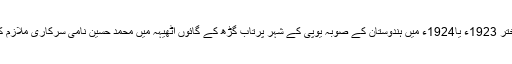
مولاناشاہ حکیم محمد اختر 1923ء یا1924ء میں ہندوستان کے صوبہ یوپی کے شہر پرتاب گڑھ کے گائوں اٹھیہہ میں محمد حسین نامی سرکاری ملازم کے گھر میں پیدا ہوئے۔